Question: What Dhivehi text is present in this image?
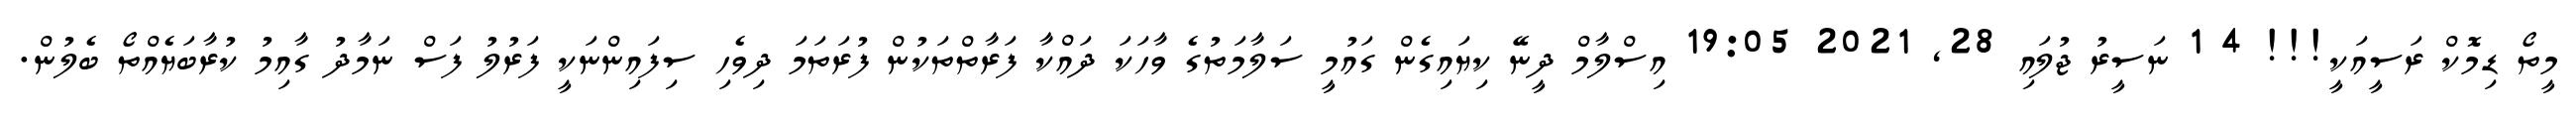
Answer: މީތޯ ޑިމޮކް ރަސީއަކީ!!! 4 1 ނަސީރު ޖުލައި 28, 2021 19:05 އިސްލާމް ދީނޭ ކިޔައިގެން ގައުމީ ސަލާމަތުގެ ވާހަކަ ދައްކާ ފަރާތްތަކުން ފުރަތަމަ ދިވެހި ސިފައިންނަކީ ފަރުލު ފަސް ނަމާދު ގާއިމު ކުރާބަޔެއްތޯ ބެލުން.